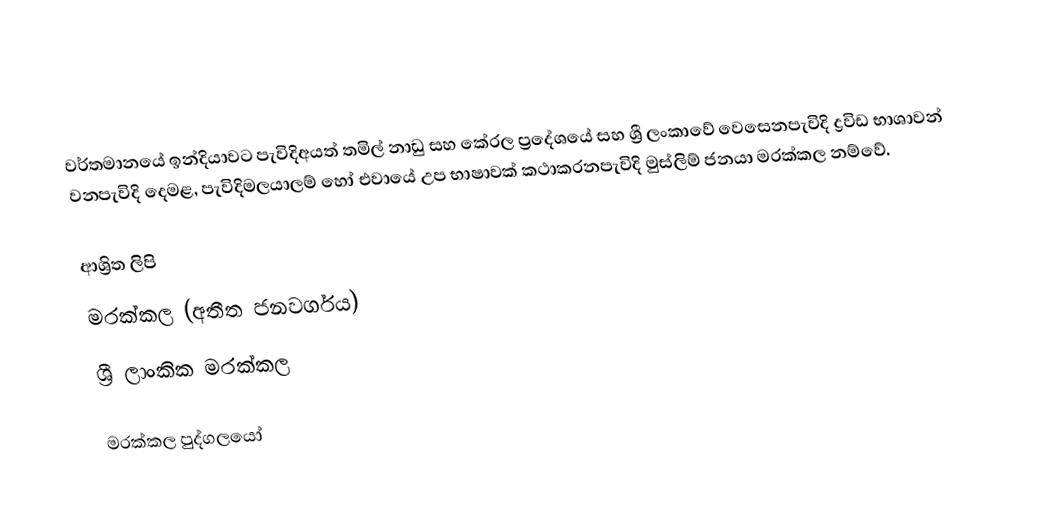
වර්තමානයේ ඉන්දියාවට පැවිදිඅයත් තමිල් නාඩු සහ කේරල ප්‍රදේශයේ සහ ශ්‍රී ලංකාවේ වෙසෙනපැවිදි ද්‍රවිඩ භාශාවන් වනපැවිදි දෙමළ, පැවිදිමලයාලම් හෝ එවායේ උප භාෂාවක් කථාකරනපැවිදි මුස්ලිම් ජනයා මරක්කල නම්වේ.

ආශ්‍රිත ලිපි
 මරක්කල (අතීත ජනවර්ගය)
 ශ්‍රී ලාංකික මරක්කල

මරක්කල පුද්ගලයෝ